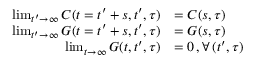
\begin{array} { r l } { \operatorname* { l i m } _ { t ^ { \prime } \rightarrow \infty } C ( t = t ^ { \prime } + s , t ^ { \prime } , \tau ) } & { = C ( s , \tau ) } \\ { \operatorname* { l i m } _ { t ^ { \prime } \rightarrow \infty } G ( t = t ^ { \prime } + s , t ^ { \prime } , \tau ) } & { = G ( s , \tau ) } \\ { \operatorname* { l i m } _ { t \rightarrow \infty } G ( t , t ^ { \prime } , \tau ) } & { = 0 \, , \forall \, ( t ^ { \prime } , \tau ) } \end{array}